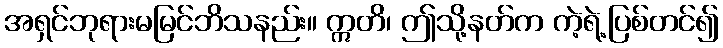
အရှင်ဘုရားမမြင်ဘိသနည်း။ ဣတိ၊ ဤသို့နတ်က ကဲ့ရဲ့ပြစ်တင်၍